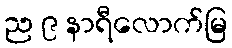
ည ၉ နာရီလောက်မြ